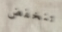
تنخفض